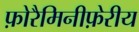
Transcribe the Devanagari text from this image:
फ़ोरैमिनीफ़ेरीय